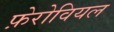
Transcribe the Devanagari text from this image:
फ़ेरोवियल